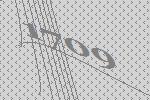
1709